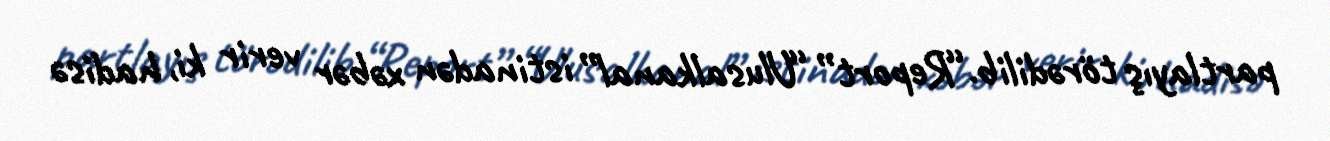
partlayış törədilib.“Report” “Ulusalkanal” istinadən xəbər verir ki, hadisə